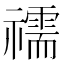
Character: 𥜗